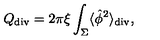
{ Q } _ { \tiny \mathrm { d i v } } = 2 \pi \xi \int _ { \Sigma } \langle \hat { \phi } ^ { 2 } \rangle _ { \tiny \mathrm { d i v } } ,